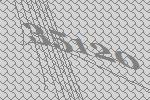
35120